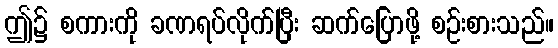
ဤ၌ စကားကို ခဏရပ်လိုက်ပြီး ဆက်ပြောဖို့ စဉ်းစားသည်။